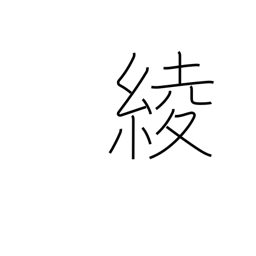
Meaning: design